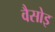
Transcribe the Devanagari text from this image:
वैसोइ